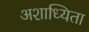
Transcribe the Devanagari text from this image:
अशाध्यिता